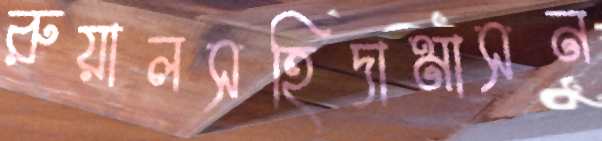
রুয়ালসহিদামাসন